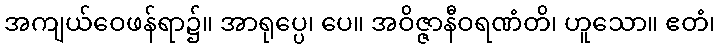
အကျယ်ဝေဖန်ရာ၌။ အာရုပ္ပေ၊ ပေ။ အဝိဇ္ဇာနီဝရဏံတိ၊ ဟူသော။ ဧတံ၊